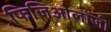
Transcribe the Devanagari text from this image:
फिजिओलॉजी